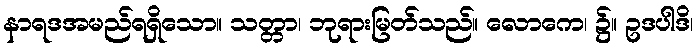
နာရဒအမည်ရရှိသော။ သတ္တာ၊ ဘုရားမြတ်သည်။ လောကေ၊ ၌။ ဥဒပါဒိ၊